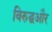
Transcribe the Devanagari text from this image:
विरुद्धऔर